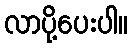
လာပို့ပေးပါ။